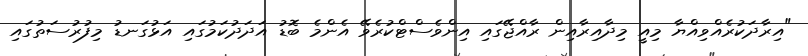
"އިރާދަކުރެއްވިއްޔާ މިއީ މިދާއިރާއިން ރާއްޖޭގައި އިންވެސްޓްކުރެވޭ އެންމެ ބޮޑު އަދަދުކަމުގައި އަޅުގަނޑު މިފުރުސަތުގައި